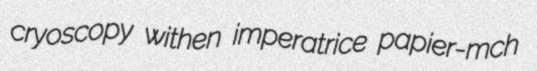
cryoscopy withen imperatrice papier-mch